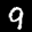
Label: 9